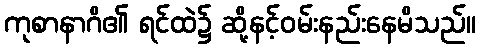
ကုစာနာဂိ၏ ရင်ထဲ၌ ဆို့နင့်ဝမ်းနည်းနေမိသည်။